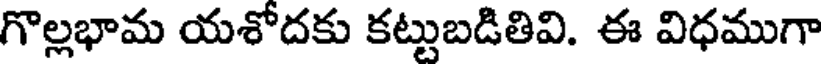
గొల్లభామ యశోదకు కట్టుబడితివి. ఈ విధముగా